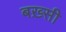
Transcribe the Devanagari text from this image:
बख़्सी